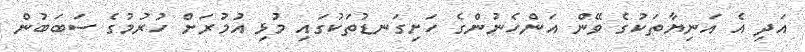
އަދި އެ އަނިޔާތަކުގެ ވޭން އަންހެނުންގެ ހަށިގަނޑުތަކުގައި މުޅި އުމުރަށް ހުރުމުގެ ސަބަބުން